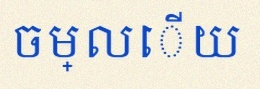
ចម្លើយ